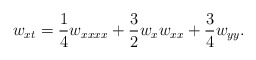
\begin{align*}w_{xt} = \frac{1}{4} w_{xxxx} + \frac{3}{2} w_x w_{xx} + \frac{3}{4}w_{yy}. \end{align*}